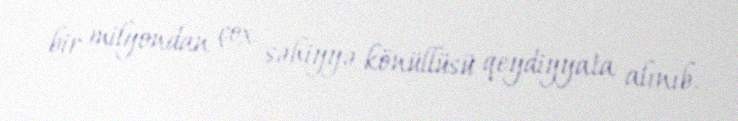
bir milyondan çox səhiyyə könüllüsü qeydiyyata alınıb.